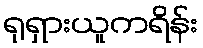
ရုရှားယူကရိန်း